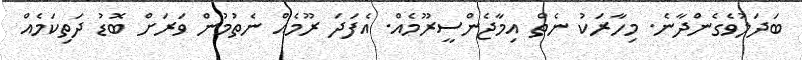
ބަދަލުވެގެންދާނެ. މިހާރަކު ނެތް އިމާޖެންސީރޫމެއް. އެފަދަ ރޫމެއް ނެތުމުން ވަރަށް ބޮޑު ދަތިކަމެއް